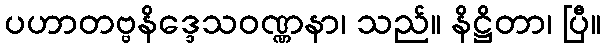
ပဟာတဗ္ဗနိဒ္ဒေသဝဏ္ဏနာ၊ သည်။ နိဋ္ဌိတာ၊ ပြီ။